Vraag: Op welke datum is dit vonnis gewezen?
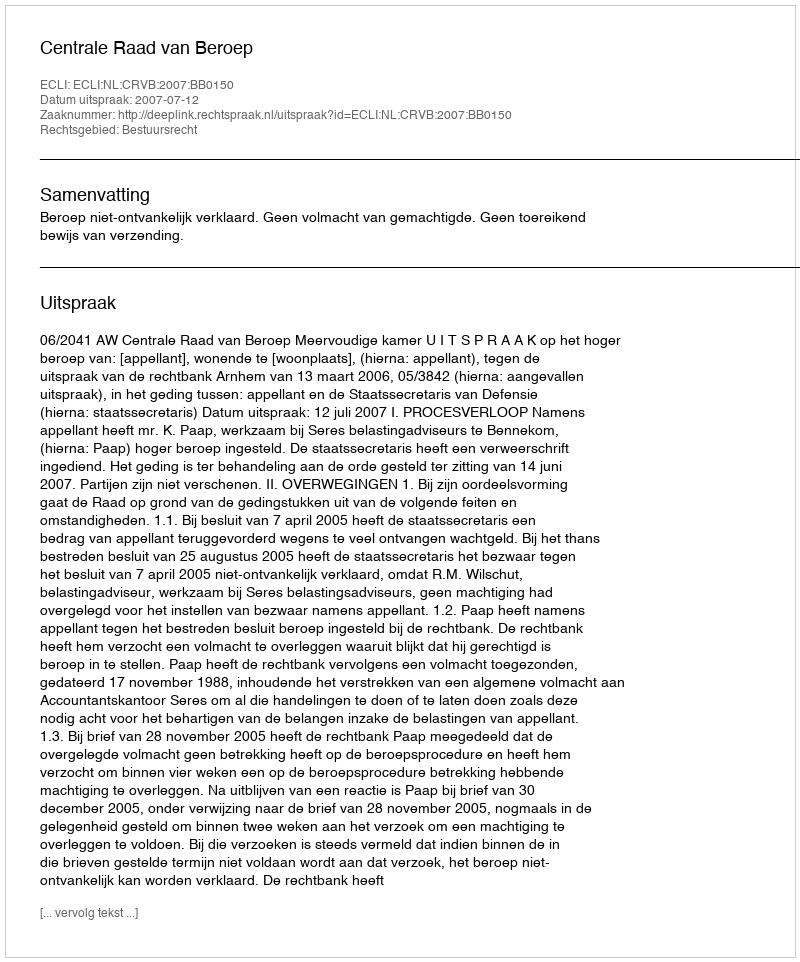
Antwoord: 2007-07-12